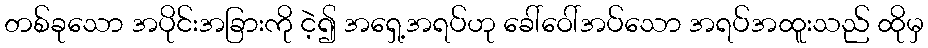
တစ်ခုသော အပိုင်းအခြားကို ငဲ့၍ အရှေ့အရပ်ဟု ခေါ်ဝေါ်အပ်သော အရပ်အထူးသည် ထိုမှ